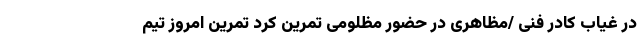
در غیاب کادر فنی /مظاهری در حضور مظلومی تمرین کرد تمرین امروز تیم